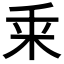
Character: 𠂲